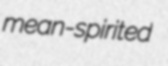
mean-spirited